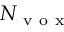
N _ { \mathrm { ~ v ~ o ~ x ~ } }